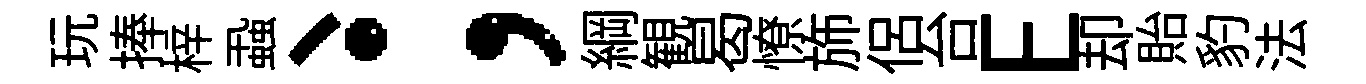
玩捧梓蝨、；綱観曷憭斾侶台E却貽豹法